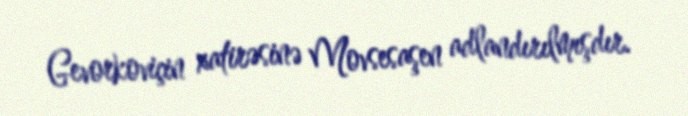
Gevorkoviçin xatirəsinə Movsesaşen adlandırılmışdır.